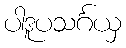
ပါဒူပသင်္ဂယှ